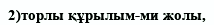
2)торлы құрылым-ми жолы,